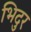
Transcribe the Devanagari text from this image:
भिदुर